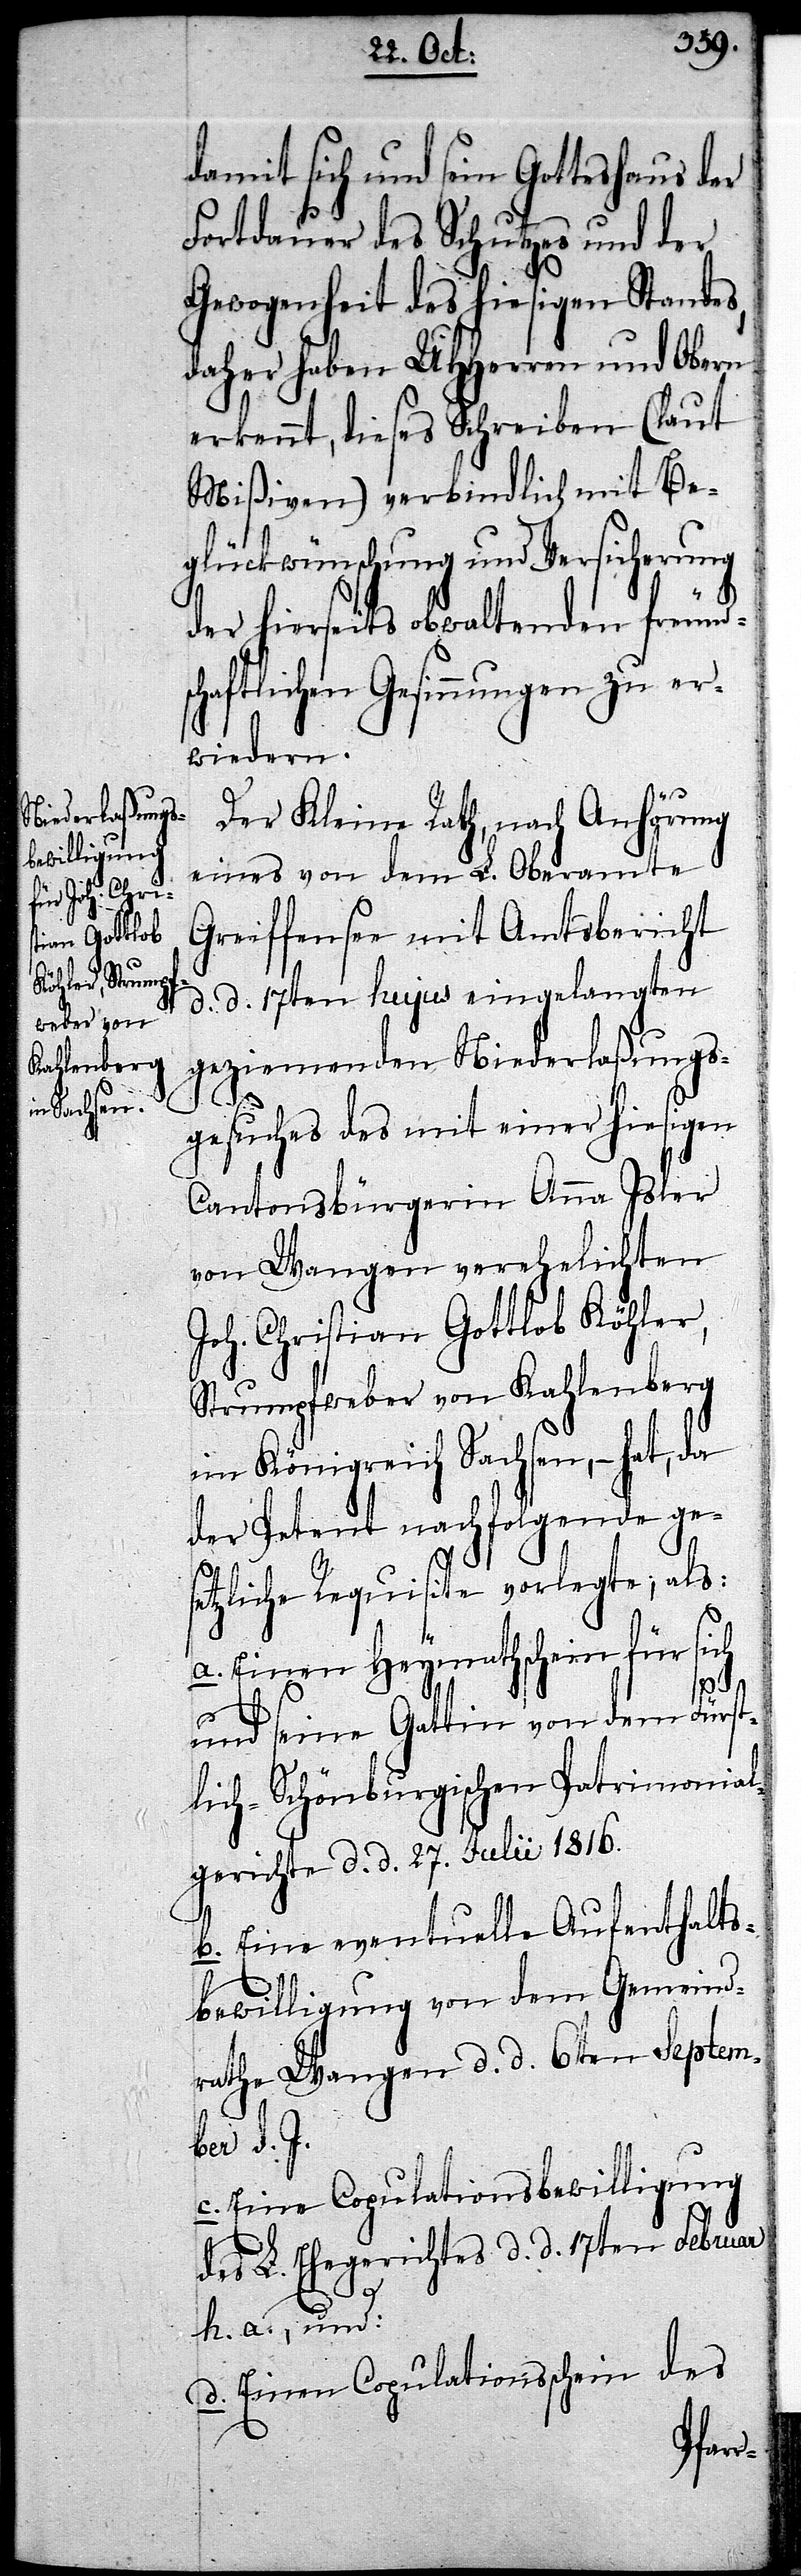
damit sich und sein Gotteshaus der
Fortdauer des Schutzes und der
Gewogenheit des hiesigen Standes,
daher haben UHHerren und Obern
erkennt, dieses Schreiben (laut
Mißiven) verbindlich mit Be¬
glückwünschung und Versicherung
der hierseits obwaltenden freundsc¬
haftlichen Gesinnungen zu er¬
wiedern.
Der Kleine Rath, nach Anhörung
eines von dem L. Oberamte
Greiffensee mit Amtsbericht
d. d. 17ten hujus eingelangten
geziemenden Niederlaßungs¬
gesuches des mit einer hiesigen
Cantonsbürgerin Anna Isler
von Wangen verehelichten
Joh. Christian Gottlob Köhler,
Strumpfweber von Kahlenberg
im Königreich Sachsen, – hat, da
der Petent nachfolgende ge¬
setzliche Requisite vorlegte; als:
a.) Einen Heymathschein für sich
und seine Gattin von dem Fürst¬
lich-Schönburgischen Patrimonial¬
gerichte d. d. 27. Julii 1816.
b.) Eine eventuelle Aufenthalts¬
bewilligung von dem Gemeind¬
rathe Wangen d. d. 6ten Septem¬
ber d. J.
c.) Eine Copulationsbewilligung
des L. Ehegerichtes d. d. 17ten Februar
h. a., und:
d.) Einen Copulationsschein des